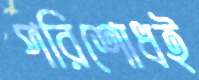
পরিশোধই